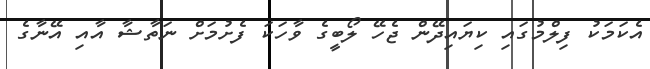
އެކަމަކު ފިލްމުގައި ކިޔައިދޭން ޖެހޭ ލޯބީގެ ވާހަކަ ފެށުމަށް ނަތާޝާ އާއި އޭނާގެ